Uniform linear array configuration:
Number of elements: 4
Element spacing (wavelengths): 1
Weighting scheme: hann
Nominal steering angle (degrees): -30
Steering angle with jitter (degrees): -28.182
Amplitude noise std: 0.05
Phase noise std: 0.05

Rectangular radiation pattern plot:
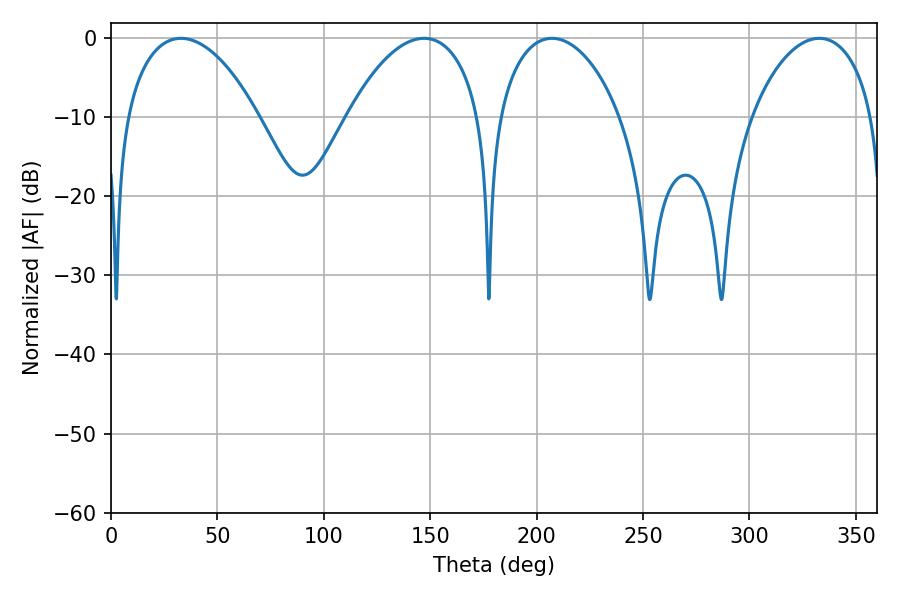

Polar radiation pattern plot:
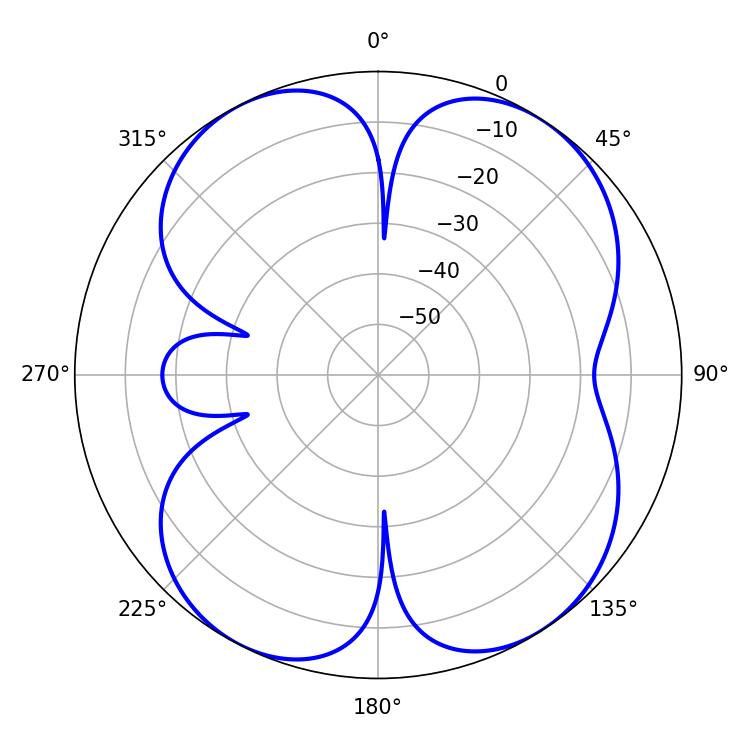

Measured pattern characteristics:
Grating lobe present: TRUE
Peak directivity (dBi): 10.514
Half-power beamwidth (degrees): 32.94
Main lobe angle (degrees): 207.18